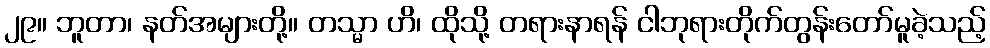
၂၉။ ဘူတာ၊ နတ်အများတို့။ တသ္မာ ဟိ၊ ထိုသို့ တရားနာရန် ငါဘုရားတိုက်တွန်းတော်မူခဲ့သည့်